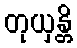
တုယှန္တိ